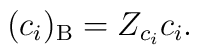
(c_i)_{\rm B}=Z_{c_i}c_i.